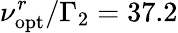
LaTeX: \nu_{\mathrm{opt}}^{r}/\Gamma_{2}=37.2